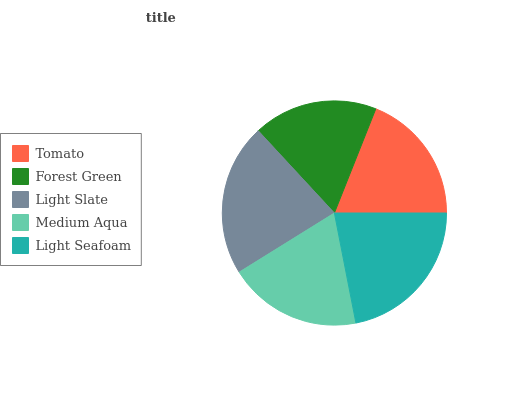
| Tomato | Forest Green | Light Slate | Medium Aqua | Light Seafoam |
 | --- | --- | --- | --- | --- |
 | 18.9% | 18% | 21.9% | 19.2% | 21.9% |